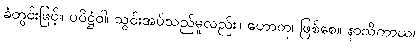
ခံတွင်းဖြင့်။ ပဝိဋ္ဌံဝါ၊ သွင်းအပ်သည်မူလည်း။ ဟောတု၊ ဖြစ်စေ။ နာသိကာယ၊